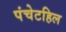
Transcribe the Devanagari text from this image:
पंचेटहिल